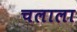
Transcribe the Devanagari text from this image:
चलाला